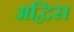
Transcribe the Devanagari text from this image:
अद्विस